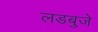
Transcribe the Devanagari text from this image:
लडबुजे